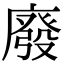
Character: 廢